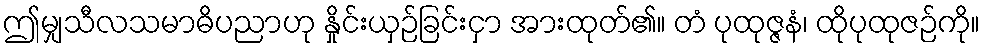
ဤမျှသီလသမာဓိပညာဟု နှိုင်းယှဉ်ခြင်းငှာ အားထုတ်၏။ တံ ပုထုဇ္ဇနံ၊ ထိုပုထုဇဉ်ကို။